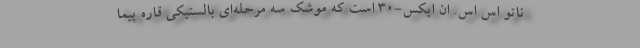
ناتو اس اس. ان ایکس-۳۰ است که موشک سه مرحله‌ای بالستیکی قاره پیما